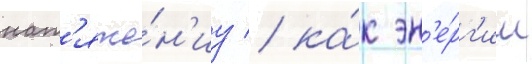
нат'яже́н'иу / ка́к эн'е́рг'ии